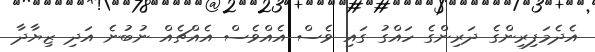
އެދެމަފިރިންގެ ދަރިންގެ ހައްގު ގައި ވެސް އެއްވެސް އެއްޗެއް ނުބުނެ އަދި ޒިޔާދާ